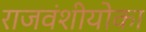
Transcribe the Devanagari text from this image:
राजवंशीयोका